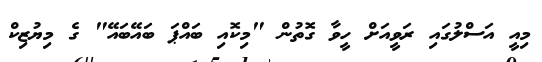
މިއީ އަސްލުގައި ރަވީއަށް ހީވާ ގޮތުން "މިކޮއި ބައްޕަ ބައޭބައޭ" ގެ މިޔުޒިކް